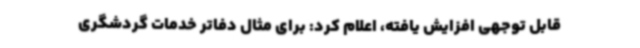
قابل توجهی افزایش یافته، اعلام کرد: برای مثال دفاتر خدمات گردشگری